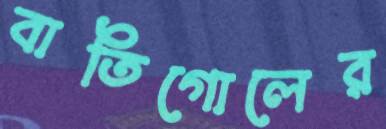
বাতিগোলের